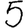
Digit: 5